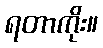
ရတာကိုး။